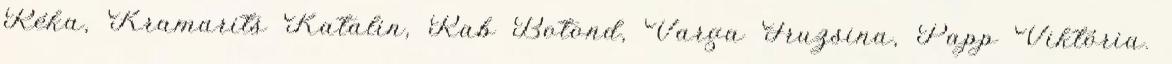
Réka, Kramarits Katalin, Rab Botond, Varga Fruzsina, Papp Viktória.